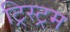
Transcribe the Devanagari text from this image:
ट्रिस्ट्रम